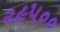
૨૯૫૦૦